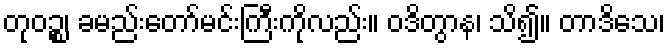
တုဝဉ္စ၊ ခမည်းတော်မင်းကြီးကိုလည်း။ ဝဒိတွာန၊ သိ၍။ တာဒိသေ၊